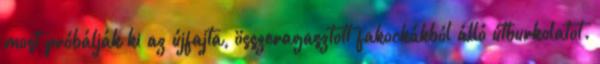
most próbálják ki az újfajta, összeragasztott fakockákból álló útburkolatot.